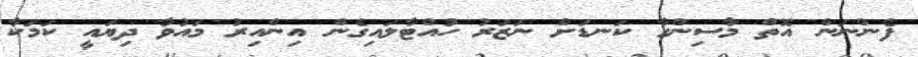
ފެންނަން އޮތް މާސިންގާ ކަނޑަށް ނަޒަރު ހުއްޓާލައިގެން އިންއިރު މައުވާ ދިޔައީ ކަމަކާ